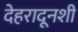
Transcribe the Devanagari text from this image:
देहरादूनशी